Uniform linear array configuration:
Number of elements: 64
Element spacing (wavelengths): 0.5
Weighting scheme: blackman
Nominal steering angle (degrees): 45
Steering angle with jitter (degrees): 44.348
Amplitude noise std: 0.05
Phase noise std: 0.05

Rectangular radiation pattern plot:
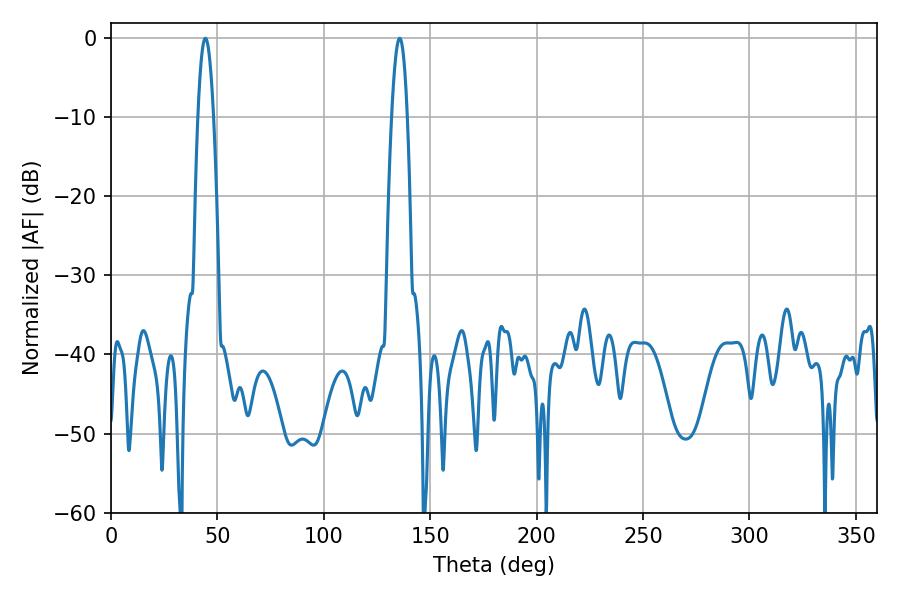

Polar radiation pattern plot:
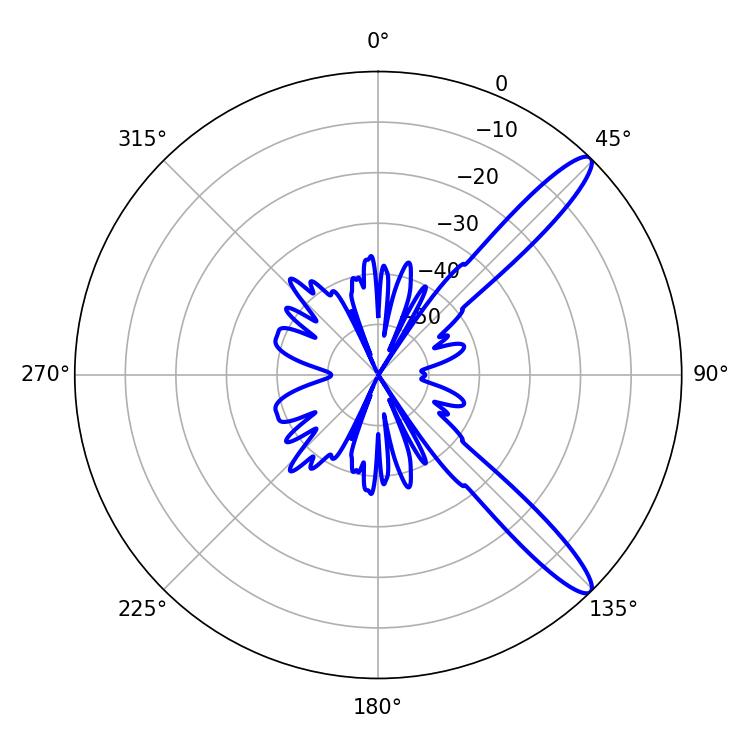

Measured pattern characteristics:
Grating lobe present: FALSE
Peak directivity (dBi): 12.71
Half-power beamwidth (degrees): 3.96
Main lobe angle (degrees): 44.28